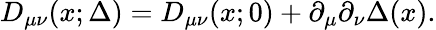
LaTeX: D_{\mu\nu}(x;\Delta)=D_{\mu\nu}(x;0)+\partial_{\mu}\partial_{\nu}\Delta(x).